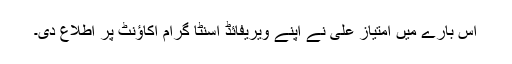
اس بارے میں امتیاز علی نے اپنے ویریفائڈ اسنٹا گرام اکاؤنٹ پر اطلاع دی۔